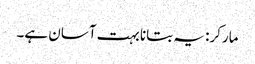
مارکر: یہ بتانا بہت آسان ہے۔